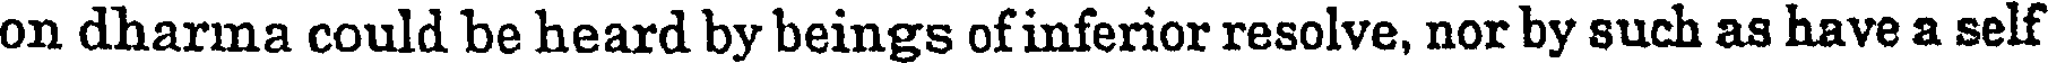
on dharma could be heard by beings of inferior resolve, nor by such as have a self